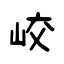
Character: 峧